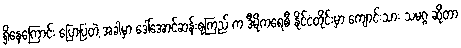
ရှိနေကြောင်း ပြောပြတဲ့ အခါမှာ ဒေါ်အောင်ဆန်းစုကြည် က ဒီမိုကရေစီ နိုင်ငံတိုင်းမှာ ကျောင်းသား သမဂ္ဂ ဆိုတာ